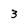
Character: 3